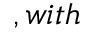
, w i t h